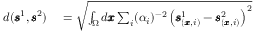
\begin{array} { r l } { d ( \pmb { \mathscr { s } } ^ { 1 } , \pmb { \mathscr { s } } ^ { 2 } ) } & { { } = \sqrt { \int _ { \Omega } d \pmb { x } \sum _ { i } ( \alpha _ { i } ) ^ { - 2 } \left( \pmb { \mathscr { s } } _ { ( \pmb { x } , i ) } ^ { 1 } - \pmb { \mathscr { s } } _ { ( \pmb { x } , i ) } ^ { 2 } \right) ^ { 2 } } } \end{array}